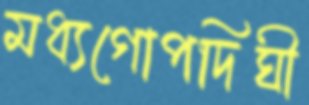
মধ্যগোপদিঘী